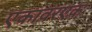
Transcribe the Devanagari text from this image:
एकावरएक